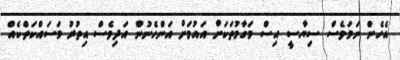
އެހެން ނަމަވެސް ސިޔާސީ އިސް މަގާމުތަކަށް އައުމަށް އަންހެނުން އަދިވެސް އިތުރު މަސައްކަތްކެއް